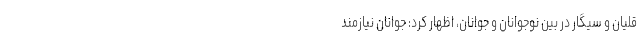
قلیان و سیگار در بین نوجوانان و جوانان، اظهار کرد: جوانان نیازمند